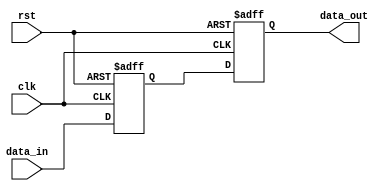
module TwoFlopSynchronizer (
    input wire clk,
    input wire rst,
    input wire data_in,
    output reg data_out
);

reg flop1_out, flop2_out;

always @(posedge clk or posedge rst) begin
    if (rst) begin
        flop1_out <= 1'b0;
        flop2_out <= 1'b0;
    end else begin
        flop1_out <= data_in;
        flop2_out <= flop1_out;
    end
end

assign data_out = flop2_out;

endmodule